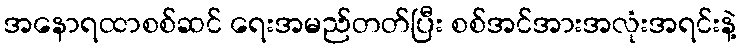
အနောရထာစစ်ဆင် ရေးအမည်တတ်ပြီး စစ်အင်အားအလုံးအရင်းနဲ့